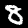
Digit: 8